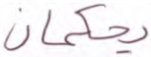
يحكمان